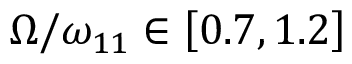
\Omega / \omega _ { 1 1 } \in \left[ 0 . 7 , 1 . 2 \right]